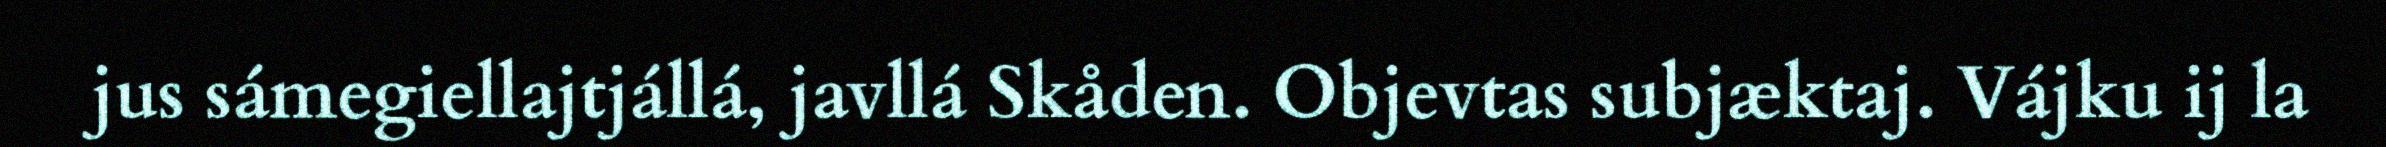
jus sámegiellajtjállá, javllá Skåden. Objevtas subjæktaj. Vájku ij la